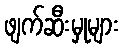
ဖျက်ဆီးမှုများ